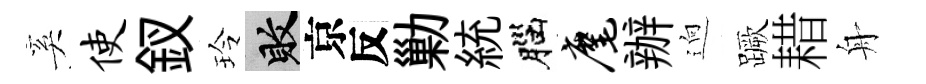
奚使釵玲敗京反勦統腦麾辦逈蹶耤舟